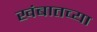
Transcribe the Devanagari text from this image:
खंबातच्या